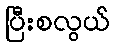
ပြီးစလွယ်